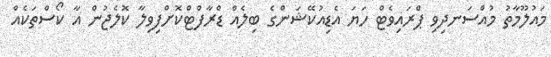
މައުލޫމާތު މުއްސަނދިވި ޕްރައިވެޓް ހަޔަ އެޑިއުކޭޝަންގެ ބިލެއް ޑްރާފްޓްކޮށްފިވިލާ ކޮލެޖުން އާ ކޯސްތަކެއް